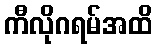
ကီလိုဂရမ်အထိ